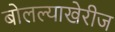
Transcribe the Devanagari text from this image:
बोलल्याखेरीज